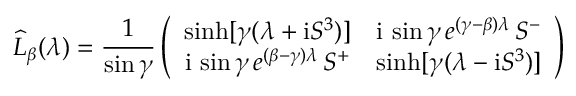
\widehat { L } _ { \beta } ( \lambda ) = \frac { 1 } { \sin \gamma } \left( \begin{array} { c c } { { \sinh [ \gamma ( \lambda + \mathrm { i } S ^ { 3 } ) ] } } & { { \mathrm { i } \, \sin \gamma \, e ^ { ( \gamma - \beta ) \lambda } \, S ^ { - } } } \\ { { \mathrm { i } \, \sin \gamma \, e ^ { ( \beta - \gamma ) \lambda } \, S ^ { + } } } & { { \sinh [ \gamma ( \lambda - \mathrm { i } S ^ { 3 } ) ] } } \end{array} \right)